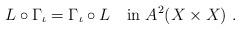
LaTeX: \begin{align*} L\circ \Gamma_\iota= \Gamma_\iota\circ L\ \ \ \hbox{in}\ A^2(X\times X)\ .\end{align*}